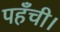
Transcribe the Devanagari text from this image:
पहँची।